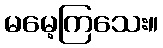
မမေ့ကြသေး။